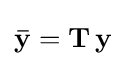
\mathbf {\bar {y}} =\mathbf {T} \,\mathbf {y}